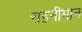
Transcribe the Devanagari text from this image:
राहनीमान